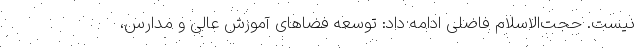
نیست. حجت‌الاسلام فاضلی ادامه داد: توسعه فضاهای آموزش عالی و مدارس،